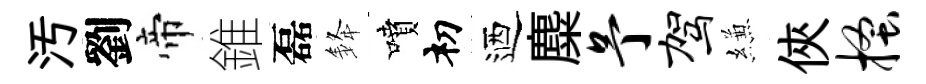
汚劉帝錐磊𨦟噴𥘉迺麋予驾縑俠搔